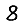
Digit: 8